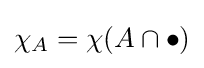
\chi _{A}=\chi (A\cap \bullet )